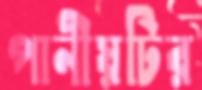
পানীয়টির